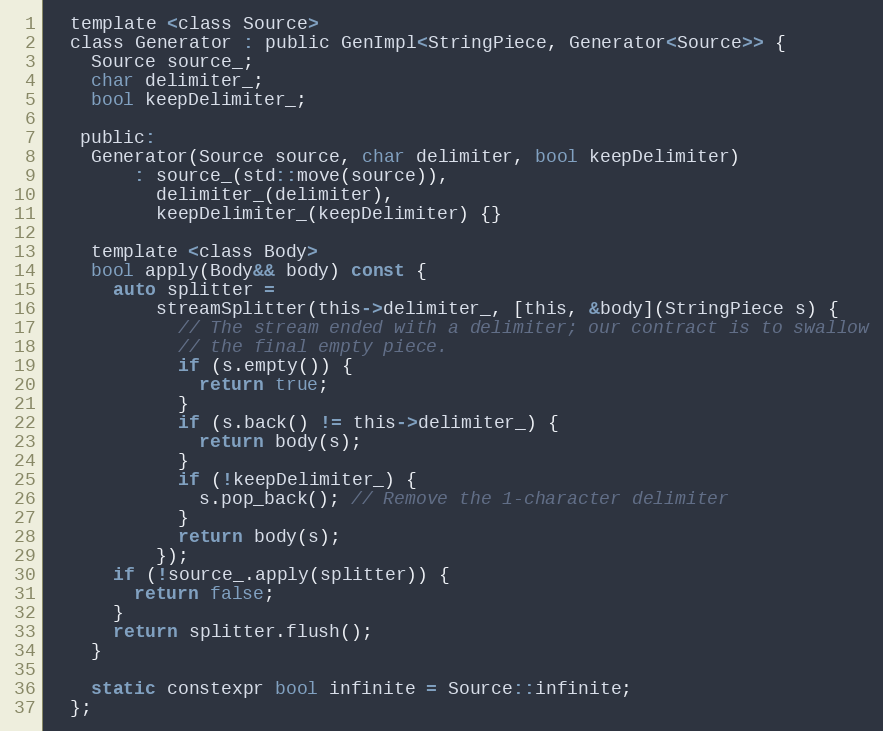
Language: C
  template <class Source>
  class Generator : public GenImpl<StringPiece, Generator<Source>> {
    Source source_;
    char delimiter_;
    bool keepDelimiter_;

   public:
    Generator(Source source, char delimiter, bool keepDelimiter)
        : source_(std::move(source)),
          delimiter_(delimiter),
          keepDelimiter_(keepDelimiter) {}

    template <class Body>
    bool apply(Body&& body) const {
      auto splitter =
          streamSplitter(this->delimiter_, [this, &body](StringPiece s) {
            // The stream ended with a delimiter; our contract is to swallow
            // the final empty piece.
            if (s.empty()) {
              return true;
            }
            if (s.back() != this->delimiter_) {
              return body(s);
            }
            if (!keepDelimiter_) {
              s.pop_back(); // Remove the 1-character delimiter
            }
            return body(s);
          });
      if (!source_.apply(splitter)) {
        return false;
      }
      return splitter.flush();
    }

    static constexpr bool infinite = Source::infinite;
  };